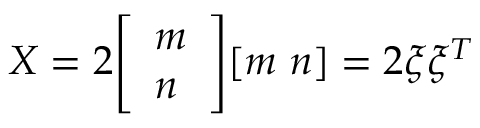
X = 2 { \left[ \begin{array} { l } { m } \\ { n } \end{array} \right] } [ m \ n ] = 2 \xi \xi ^ { T }